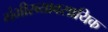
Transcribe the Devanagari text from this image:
गंभीरव्यावसायिक